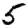
Digit: 5